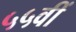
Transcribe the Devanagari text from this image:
५५वीं